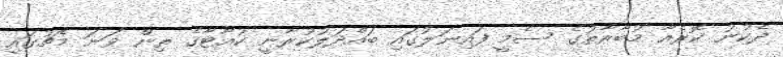
ދެކުނު ކޮރެއާ މުބާރާތުގެ ސެމީ ފައިނަލުގައި ބައްދަލުކުރާނީ ކުއާޓާގެ ތިން ވަނަ މެޗުގައި